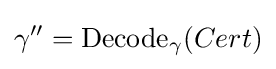
\gamma ''={\textrm {Decode}}_{\gamma }(Cert)